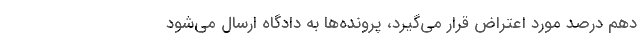
دهم درصد مورد اعتراض قرار می‌گیرد، پرونده‌ها به دادگاه ارسال می‌شود